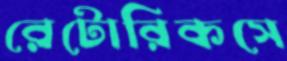
রেটোরিকসে